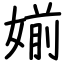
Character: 媊